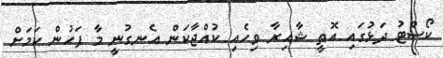
ކޯސްޓު ދަޅުގައި އޮތީ ޝާއިރާ ވިހެއި ކުއްޖާކަން އެނގުނީ މާ ފަހުން ކަމަށް